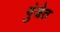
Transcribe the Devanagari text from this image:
गुंजेत